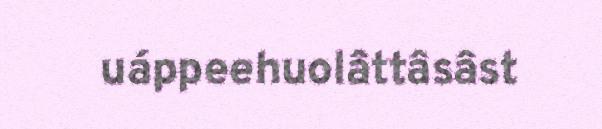
uáppeehuolâttâsâst